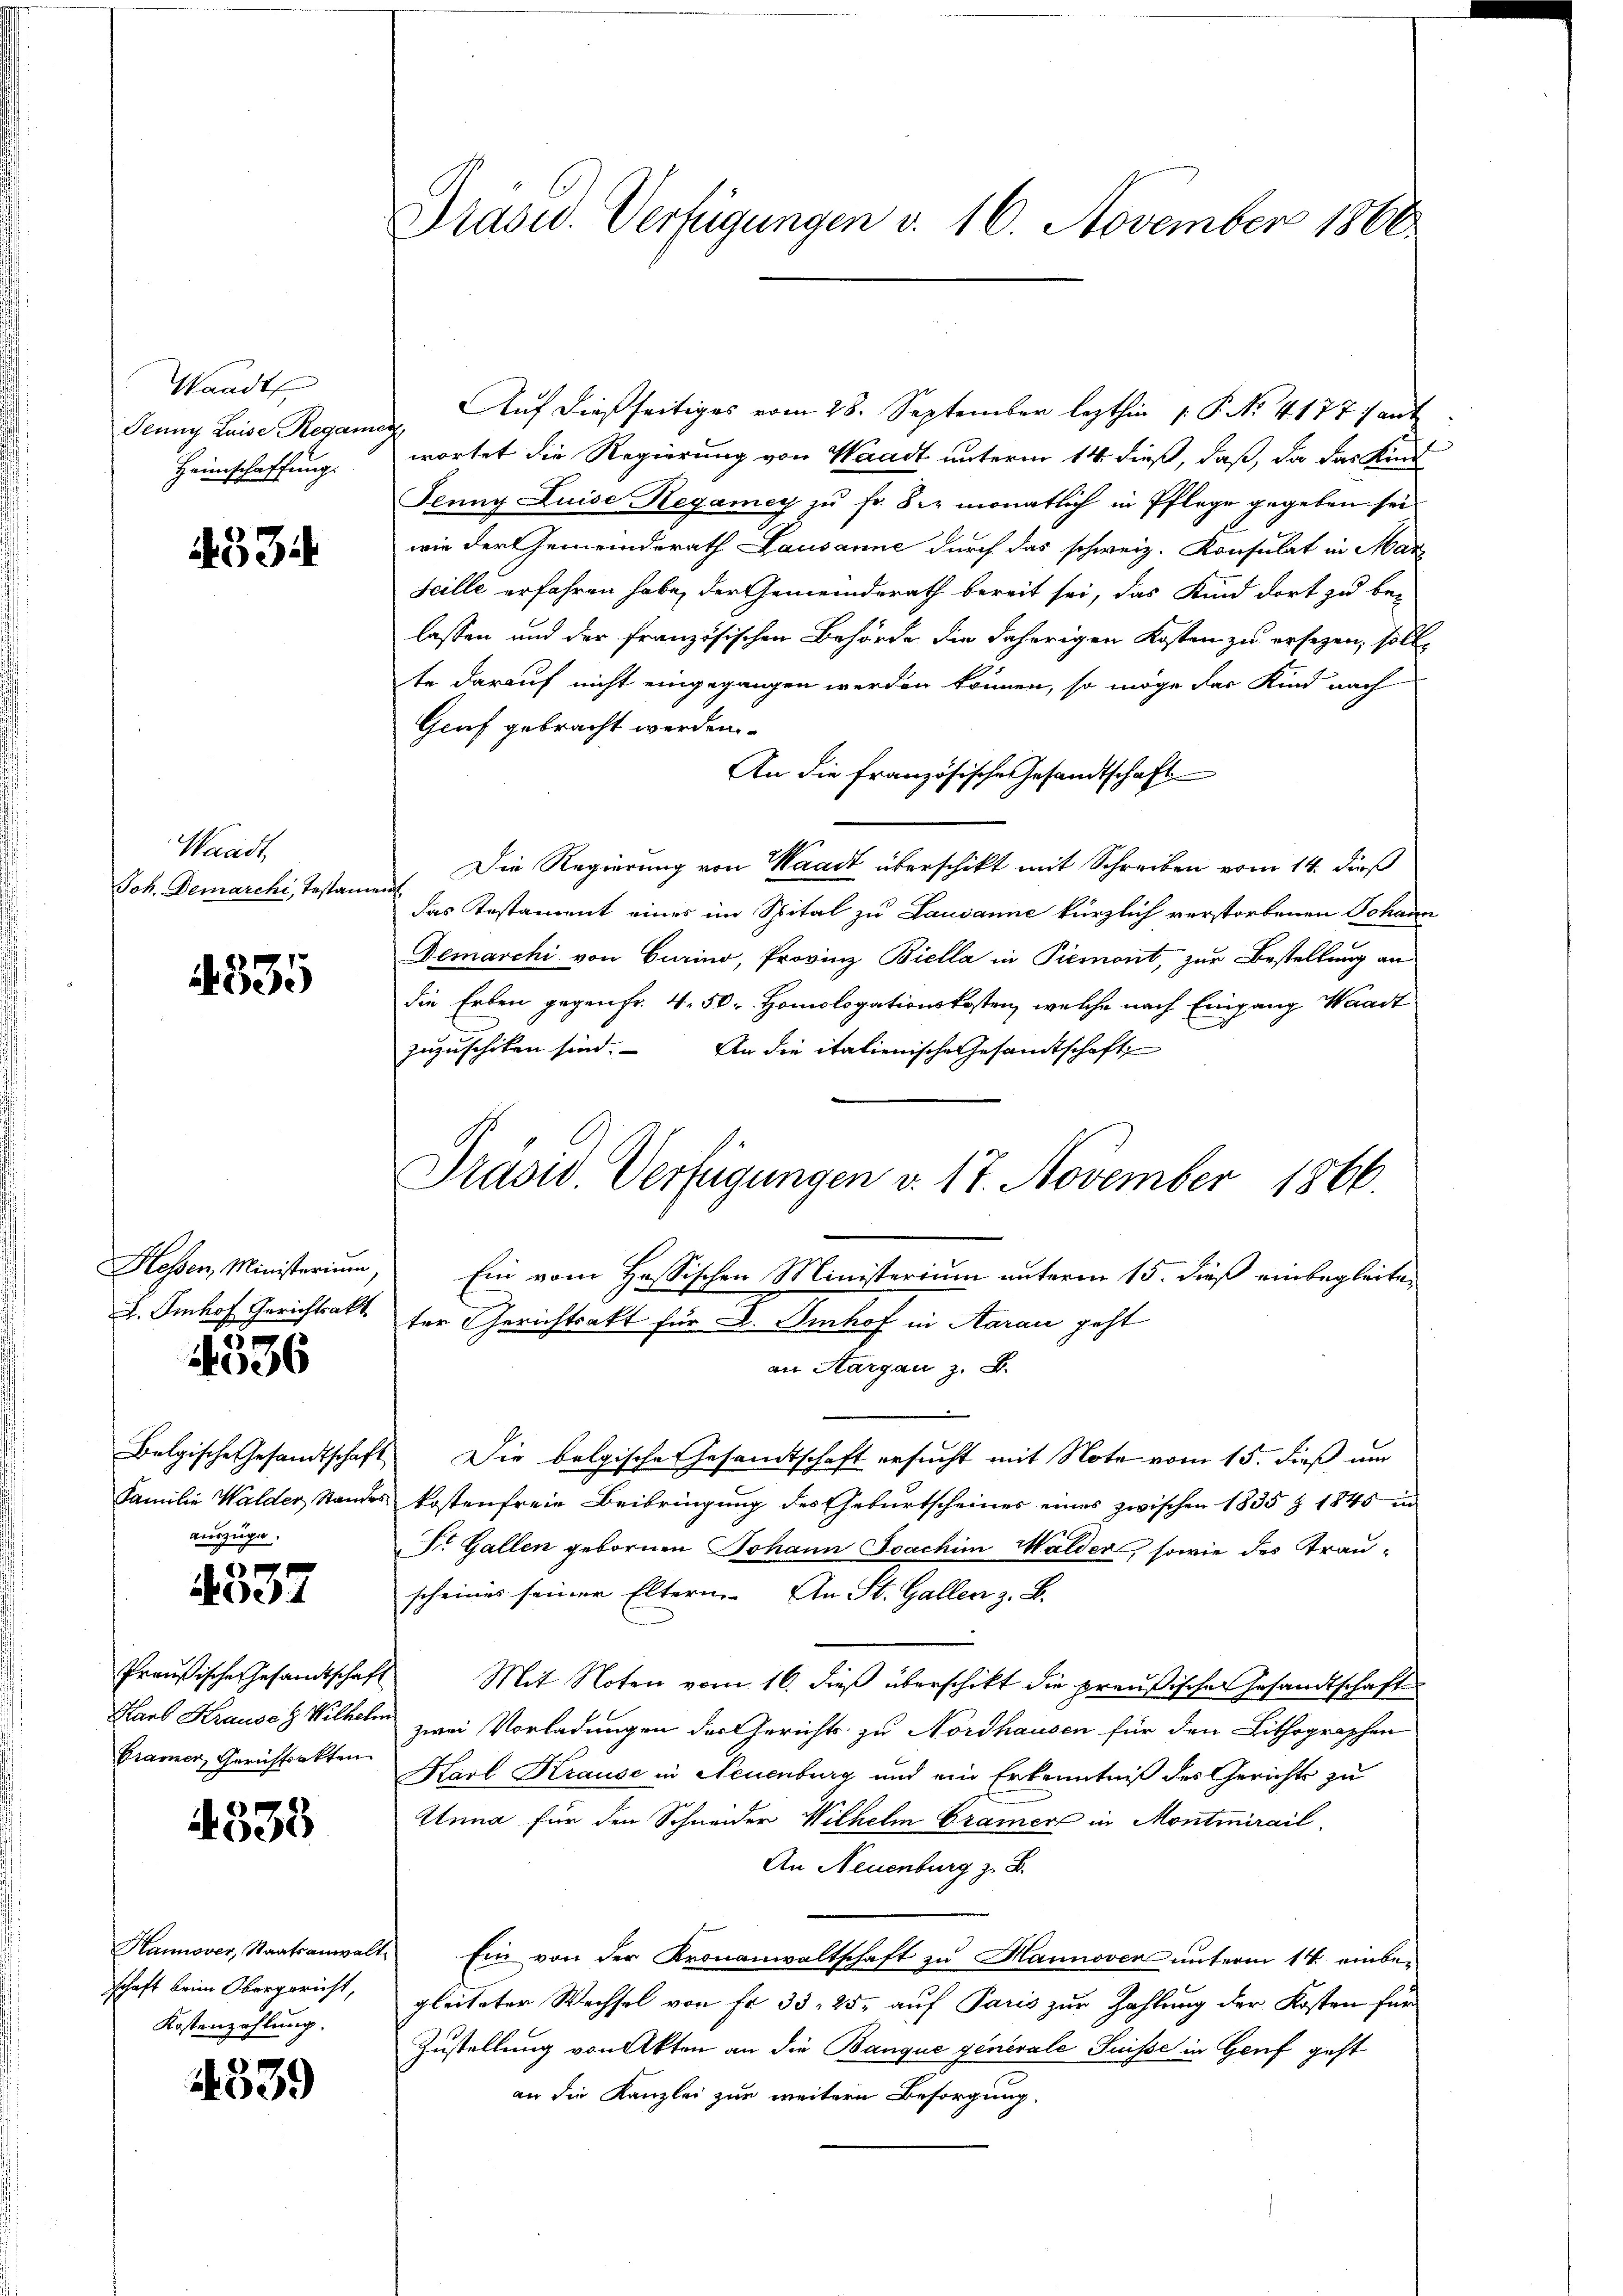
Waadt
Jenny Luise Regar
Heimschaffung.

53.

Waadt,
Joh. Demarchi, Testan

1335

Hessen, Ministerium
L. Imhof Gerichtsakt

4336

Belgische Gesandtschaft
Familie Walder Stande
auszuge.

1
4

Preußische Gesandtschaf
Karb Krause z. Wilhel
Cramer, Gerichtsakten

4535

Hannover, Staatsanwalt
schaft beim Obergericht,
Kostenzahlung.

4339

Präsid. Verfügungen v. 16. November 1800

Auf dießseitiges vom 28. September lezthin 1. P. Nr. 4177) ant
.
wortet die Regierung von Waadt unterm 14. dieß, daß, da das Kind
Jeung Luise Regamey zu Fr. Sie monatlich in Pflege gegeben sei.
wie der Gemeinderath Lausanne durch das schweiz. Konsulat in Mar
Scille erfahren habe, der Gemeinderath bereit sei, das Kind dort zu be-
lassen und der französischen Behörde die daherigen Kosten zu ersezen, sollte darauf nicht eingegangen werden können, so möge das Kind nach
Gruf gebracht werden.
An die französische Gesandtschaft
Die Regierung von Waadt überschikt mit Schreiben vom 14. dieß
t
das Testament eines im Spital zu Lausanne kürzlich verstorbenen Johann
Demarchi von Curino, Provinz Biella in Piemont, zur Bestellung an
die Erben gegen fr. 4. 50. Homologationskosten, welche nach Eingang Waadt
zuzuschiken sind. An die italienische Gesandtschaft
Präsid Verfügungen v. 17. November 1866
Ein vom Hassischen Ministerium unterm 15. dieß einbegleiten
ter Gerichtsakt für F. Imhof in Aarau geht
an Sargau z. B.
Die belgische Gesandtschaft ersucht mit Note vom 15. dieß un
kostenfreie Beibringung des Geburtscheines eines zwischen 1835 Z 1845 in
Dr. Gallen gebornen Johann Joachim Walder, sowie des Trauscheines seiner Eltern. An St. Gallen z. B.
Mit Noten vom 16. dieß überschikt die preußischer Gesandtschaft
zwei Vorladungen der Gerichts zu Nordhausen für den Lithographen
Karl Krause in Neuenburg und ein Erkenntniß des Gerichts zu
Unna für den Schneider Wilhelm Cramer in Montmirail
An Neuenburg z. B.
Ein von der Kronanwaltschaft zu Hannover unterm 14. einbegleiteter Wechsel von Fr. 33, 25, auf Paris zur Zahlung der Kosten für
Zustellung von Akten an die Banque generale Suisse in Genf geht
an die Kanzlei zur weitern Besorgung.